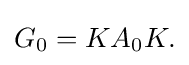
\displaystyle {G_{0}=KA_{0}K.}